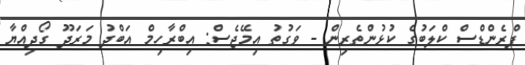
ފްރެންޑްސް ކްލަބުގެ ކުޅުންތެރިން - ވަގުތު އިމޭޖެސް: އިބްރާހިމް އަބްދު މަރަދޫ ގޯދިއްޔާ